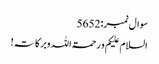
سوال نمبر:5652
السلام علیکم و رحمۃاللہ وبرکاتہ!